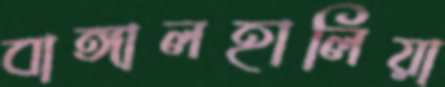
বাঙ্গালহালিয়া